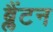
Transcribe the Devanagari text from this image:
ब्लैंटन